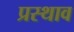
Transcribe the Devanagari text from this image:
प्रस्थाव